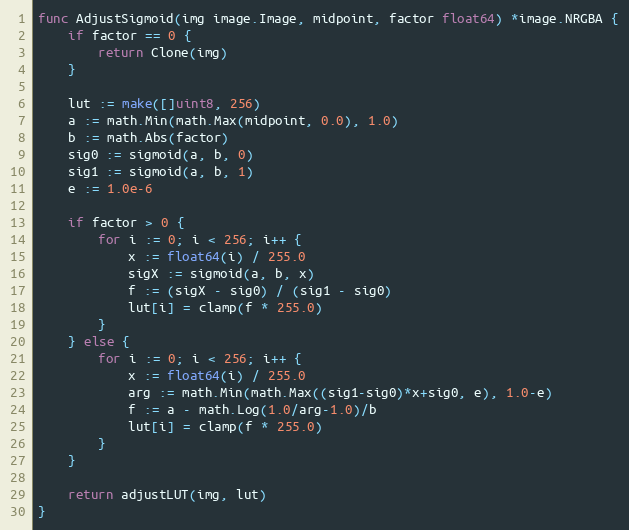
Language: Go
func AdjustSigmoid(img image.Image, midpoint, factor float64) *image.NRGBA {
	if factor == 0 {
		return Clone(img)
	}

	lut := make([]uint8, 256)
	a := math.Min(math.Max(midpoint, 0.0), 1.0)
	b := math.Abs(factor)
	sig0 := sigmoid(a, b, 0)
	sig1 := sigmoid(a, b, 1)
	e := 1.0e-6

	if factor > 0 {
		for i := 0; i < 256; i++ {
			x := float64(i) / 255.0
			sigX := sigmoid(a, b, x)
			f := (sigX - sig0) / (sig1 - sig0)
			lut[i] = clamp(f * 255.0)
		}
	} else {
		for i := 0; i < 256; i++ {
			x := float64(i) / 255.0
			arg := math.Min(math.Max((sig1-sig0)*x+sig0, e), 1.0-e)
			f := a - math.Log(1.0/arg-1.0)/b
			lut[i] = clamp(f * 255.0)
		}
	}

	return adjustLUT(img, lut)
}